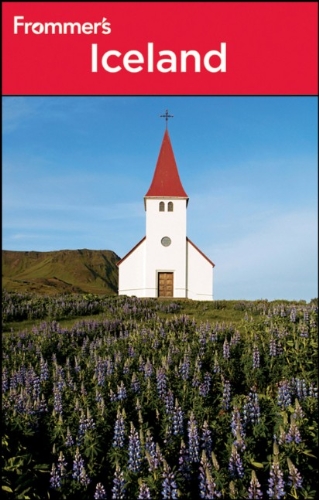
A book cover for Frommer's Iceland (Frommer's Complete Guides); Jane Victoria Appleton; Travel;